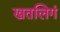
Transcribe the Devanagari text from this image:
खतलिगं